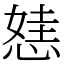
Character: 㥨